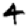
Digit: 4